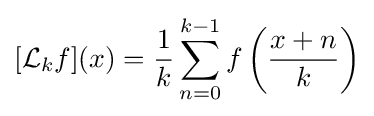
[{\mathcal {L}}_{k}f](x)={\frac {1}{k}}\sum _{n=0}^{k-1}f\left({\frac {x+n}{k}}\right)